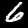
Digit: 6